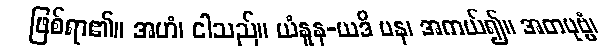
ဖြစ်ရာ၏။ အဟံ၊ ငါသည်။ ယံနူန-ယဒိ ပန၊ အကယ်၍။ အတပုဗ္ဗံ၊